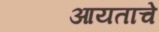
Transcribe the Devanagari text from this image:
आयताचे